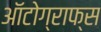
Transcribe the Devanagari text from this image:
ऑटोग्राफ्स